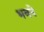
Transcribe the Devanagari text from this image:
भवने